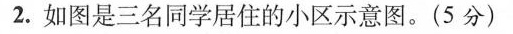
2.如图是三名同学居住的小区示意图。(5分)